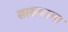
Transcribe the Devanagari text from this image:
सत्सभामा